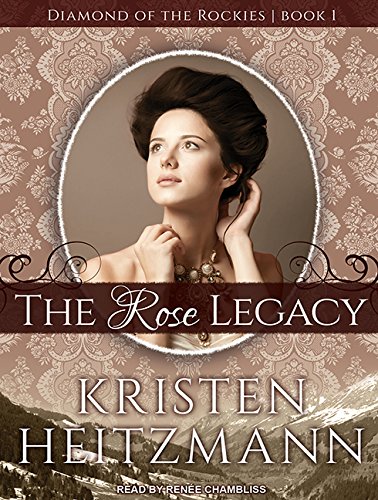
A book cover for The Rose Legacy (Diamond of the Rockies); Kristen Heitzmann; Religion & Spirituality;